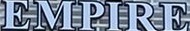
EMPIRE